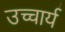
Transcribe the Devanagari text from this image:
उच्चार्य